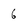
Character: 6